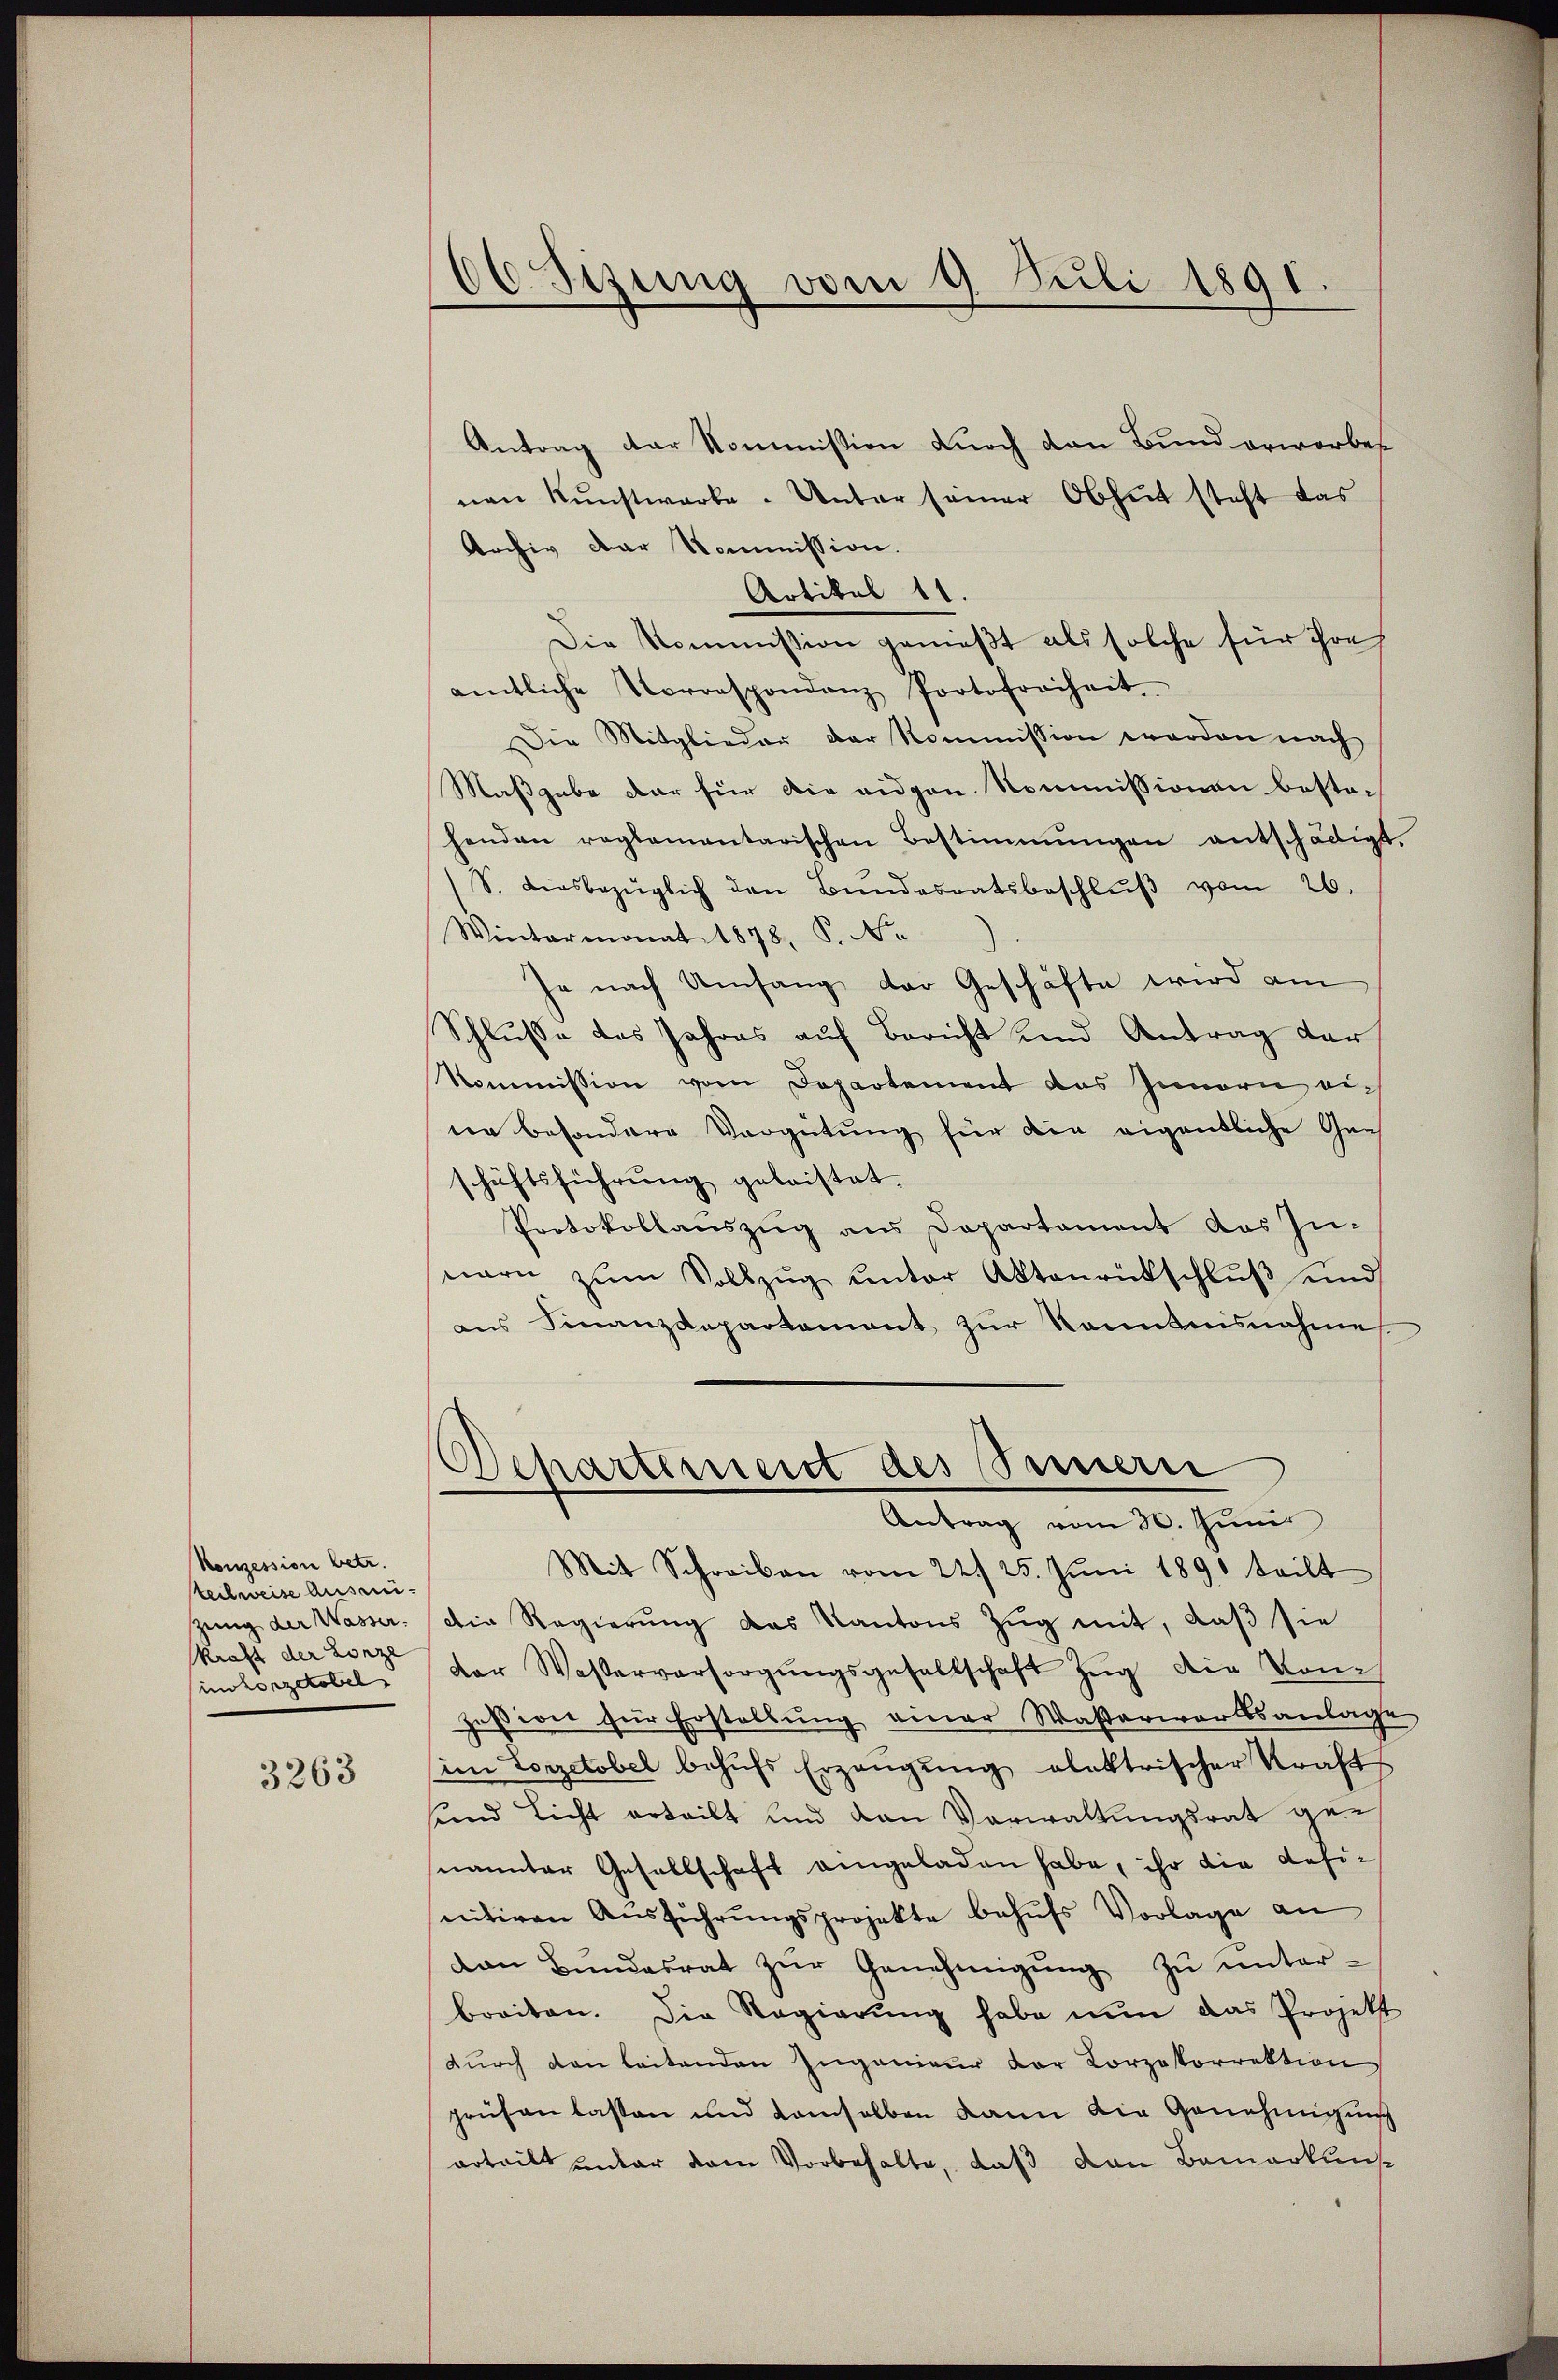
konzession betr.
teilweise Ausreizung der Wasser.
kraft der Lorze
inkonzetobel

3263

06 Sizung vom 9. Juli 1891.
e

Antrag der Kommission durch den Bund erwerbes
nen Kunstwarte. Unter seiner Obhut steht das
Archiv der Kommission.
Artikel 11.
Die Kommission genießt als solche für ihre
amtliche Vorrespondanz Portofreiheit
Die Mitglieder der Kommission worden nach
Maßgabe der für die eidgen. Kommissionen bestoch
henden reglementarischen Bestimmungen entschädigt.
(S. diesbezüglich den Bundesratsbeschlŭβ vom 26.
Wintermonat 1878, P. Nr.
Je nach Umfang der Geschäfte wird am
Schlusse das Jahres auf Bericht und Antrag der
Kommission vom Departement das Innern eine besondere Vergütung für die eigentliche Gen
schäftsführung geleistet.
Protokollauszug aus Departament das In-
narn zŭm Vollzŭg ŭnter Aktenrückschlŭβ ŭnd
ans Finanzdepartement zŭr Kenntnisnahme
Departement des Sinnern
Antrag vom 30. Juni
Mit Schreiben vom 24. 25. Jŭni 1890 teilt
Die Regierung das Kantons Zug mit, daß sie
der Wasserversorgŭngsgesellschaft Zŭg die Von
zession für Erstellung einer Waßerwerksanlage
im Lorzetobel behŭfs Erzäŭgŭng elektrischer Kraft
sund Licht erteilt und den Verwaltungsrat genannter Gesellschaft angeladen habe, ihr die defisnitiven Ausführungsprojekte behufs Vorlage an
van Bŭndesrat zŭr Genehmigŭng zŭ ŭnter-
breiten. Die Regierŭng habe nŭn das Projekt
durch den leitenden Ingenieur der Korpokorrektion
prüfen lassen und demselben kann die Genehmigung
arteilt unter dem Vorbehalte, daß von Bemerkun¬